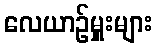
လေယာဉ်မှူးများ